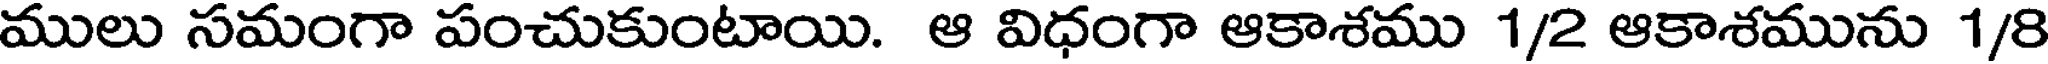
ములు సమంగా పంచుకుంటాయి. ఆ విధంగా ఆకాశము 1/2 ఆకాశమును 1/8